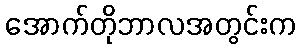
အောက်တိုဘာလအတွင်းက